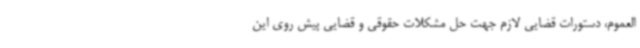
العموم، دستورات قضایی لازم جهت حل مشکلات حقوقی و قضایی پیش روی این